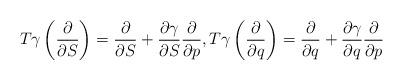
LaTeX: \begin{align*} T\gamma\left(\frac{\partial}{\partial S}\right)=\frac{\partial}{\partial S}+\frac{\partial \gamma}{\partial S}\frac{\partial}{\partial p},T\gamma\left(\frac{\partial}{\partial q}\right)=\frac{\partial}{\partial q}+\frac{\partial \gamma}{\partial q}\frac{\partial}{\partial p}\end{align*}